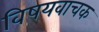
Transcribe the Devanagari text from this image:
विषयवाचक